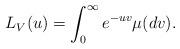
LaTeX: \begin{align*}L_V(u)=\int_0^{\infty}e^{-uv}\mu(dv).\end{align*}